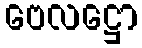
ဗေလဋ္ဌော